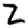
Digit: 2